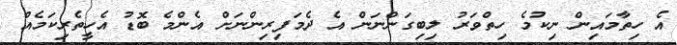
އެ ހިތާމައިން ނިކުމެ ހިތްވަރު ލިބިގަންނަން އެ ދެމަފިރިންނަށް އެންމެ ބޮޑު އެހީތެރިކަމެއް